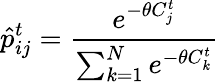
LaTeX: \hat{p}_{ij}^{t}=\frac{e^{-\theta C_{j}^{t}}}{\sum_{k=1}^{N}e^{-\theta C_{k}^{t}}}